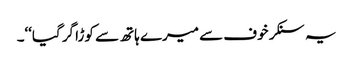
یہ سنکر خوف سے میرے ہاتھ سے کوڑا گر گیا‘‘۔